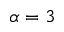
\alpha = 3